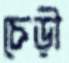
চেড়ী